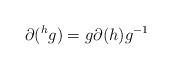
LaTeX: \begin{align*}\partial(^hg) = g \partial(h) g^{-1}\end{align*}